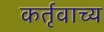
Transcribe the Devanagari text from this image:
कर्तृवाच्य